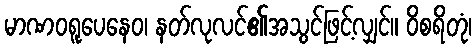
မာဏဝရူပေနေဝ၊ နတ်လုလင်၏အသွင်ဖြင့်လျှင်။ ဝိစရိတုံ၊